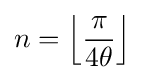
n=\left\lfloor {\frac {\pi }{4\theta }}\right\rfloor